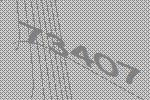
73407